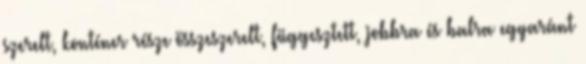
szerelt, konténer része összeszerelt, függesztett, jobbra és balra egyaránt